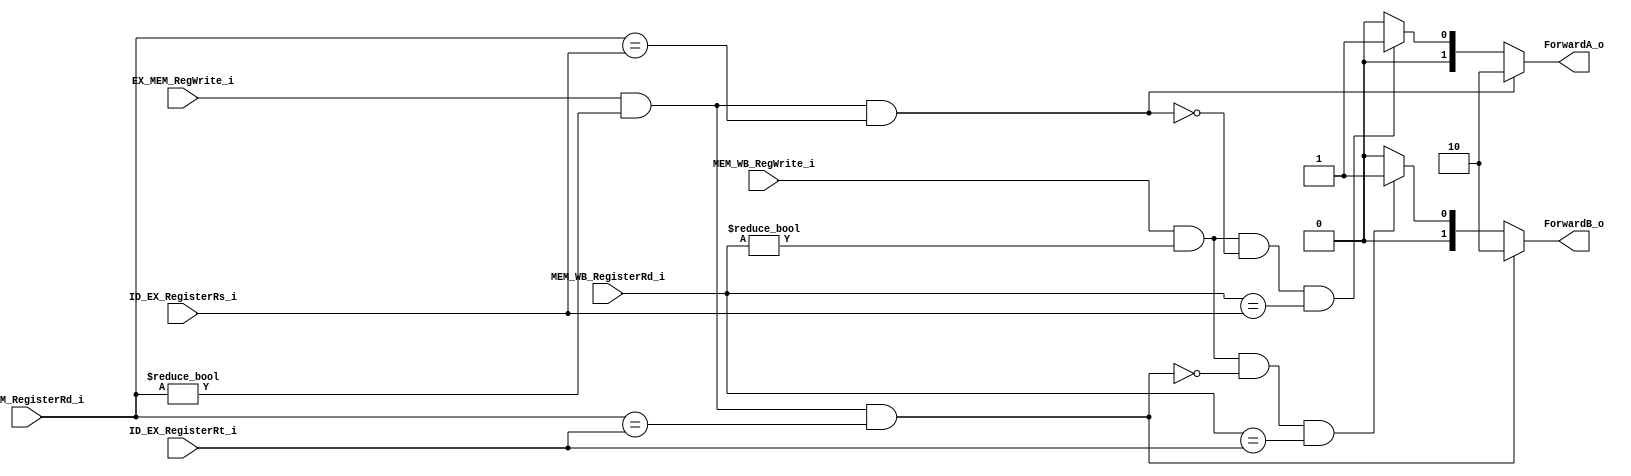
`timescale 1ns / 1ps
//Subject:     CO project 5 - Forward Unit
//--------------------------------------------------------------------------------
//Version:     1
//--------------------------------------------------------------------------------
//Writer:      
//----------------------------------------------
//Date:        
//----------------------------------------------
//Description: 
//--------------------------------------------------------------------------------
module ForwardUnit(
	ID_EX_RegisterRs_i,
	ID_EX_RegisterRt_i,
	EX_MEM_RegWrite_i,
	EX_MEM_RegisterRd_i,
	MEM_WB_RegWrite_i,
    MEM_WB_RegisterRd_i,
	ForwardA_o,
	ForwardB_o
);

// I/O ports
input [5-1:0] ID_EX_RegisterRs_i;
input [5-1:0] ID_EX_RegisterRt_i;
input 		  EX_MEM_RegWrite_i;
input [5-1:0] EX_MEM_RegisterRd_i;
input 		  MEM_WB_RegWrite_i;
input [5-1:0] MEM_WB_RegisterRd_i;

output [2-1:0] ForwardA_o;
output [2-1:0] ForwardB_o;

//internal signals/registers
reg [2-1:0] ForwardA_o;
reg [2-1:0] ForwardB_o;

//forward to input A of ALU if conditions satified
always @(*) begin
	//EX hazard
	if ((EX_MEM_RegWrite_i & (EX_MEM_RegisterRd_i !=0)
	   & (EX_MEM_RegisterRd_i == ID_EX_RegisterRs_i)))
		ForwardA_o <= 2'b10;
	//MEM hazard
	else if(MEM_WB_RegWrite_i & (MEM_WB_RegisterRd_i !=0)
		& !(EX_MEM_RegWrite_i & (EX_MEM_RegisterRd_i !=0)
		   & (EX_MEM_RegisterRd_i == ID_EX_RegisterRs_i))
		& (MEM_WB_RegisterRd_i == ID_EX_RegisterRs_i))
		ForwardA_o <=2'b01;
	else
		ForwardA_o <= 2'b00;
	
	//EX hazard
	if( EX_MEM_RegWrite_i & (EX_MEM_RegisterRd_i !=0)
	   & (EX_MEM_RegisterRd_i == ID_EX_RegisterRt_i))
		ForwardB_o <= 2'b10;
	//MEM hazard
	else if(MEM_WB_RegWrite_i & (MEM_WB_RegisterRd_i !=0)
	   & !(EX_MEM_RegWrite_i & (EX_MEM_RegisterRd_i !=0)
		   & (EX_MEM_RegisterRd_i == ID_EX_RegisterRt_i))
	   & (MEM_WB_RegisterRd_i == ID_EX_RegisterRt_i))
		ForwardB_o <= 2'b01;
	else
		ForwardB_o <= 2'b00;
	
end

endmodule